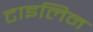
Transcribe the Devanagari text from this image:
टाइलिन